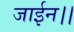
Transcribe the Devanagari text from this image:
जाईन।।